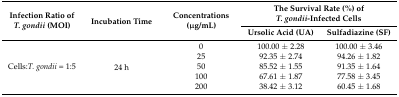
| <ROWSPAN=2> Infection Ratio of T. gondii (MOI) | <ROWSPAN=2> Incubation Time | <ROWSPAN=2> Concentrations (μg/mL) | <COLSPAN=2> The Survival Rate (%) of T. gondii-Infected Cells |
 | Ursolic Acid (UA) | Sulfadiazine (SF) |
 | --- | --- | --- | --- | --- |
 | <ROWSPAN=5> Cells:T. gondii = 1:5 | <ROWSPAN=5> 24 h | 0 | 100.00 ± 2.28 | 100.00 ± 3.46 |
 | 25 | 92.35 ± 2.74 | 94.26 ± 1.82 |
 | 50 | 85.52 ± 1.55 | 91.35 ± 1.64 |
 | 100 | 67.61 ± 1.87 | 77.58 ± 3.45 |
 | 200 | 38.42 ± 3.12 | 60.45 ± 1.68 |